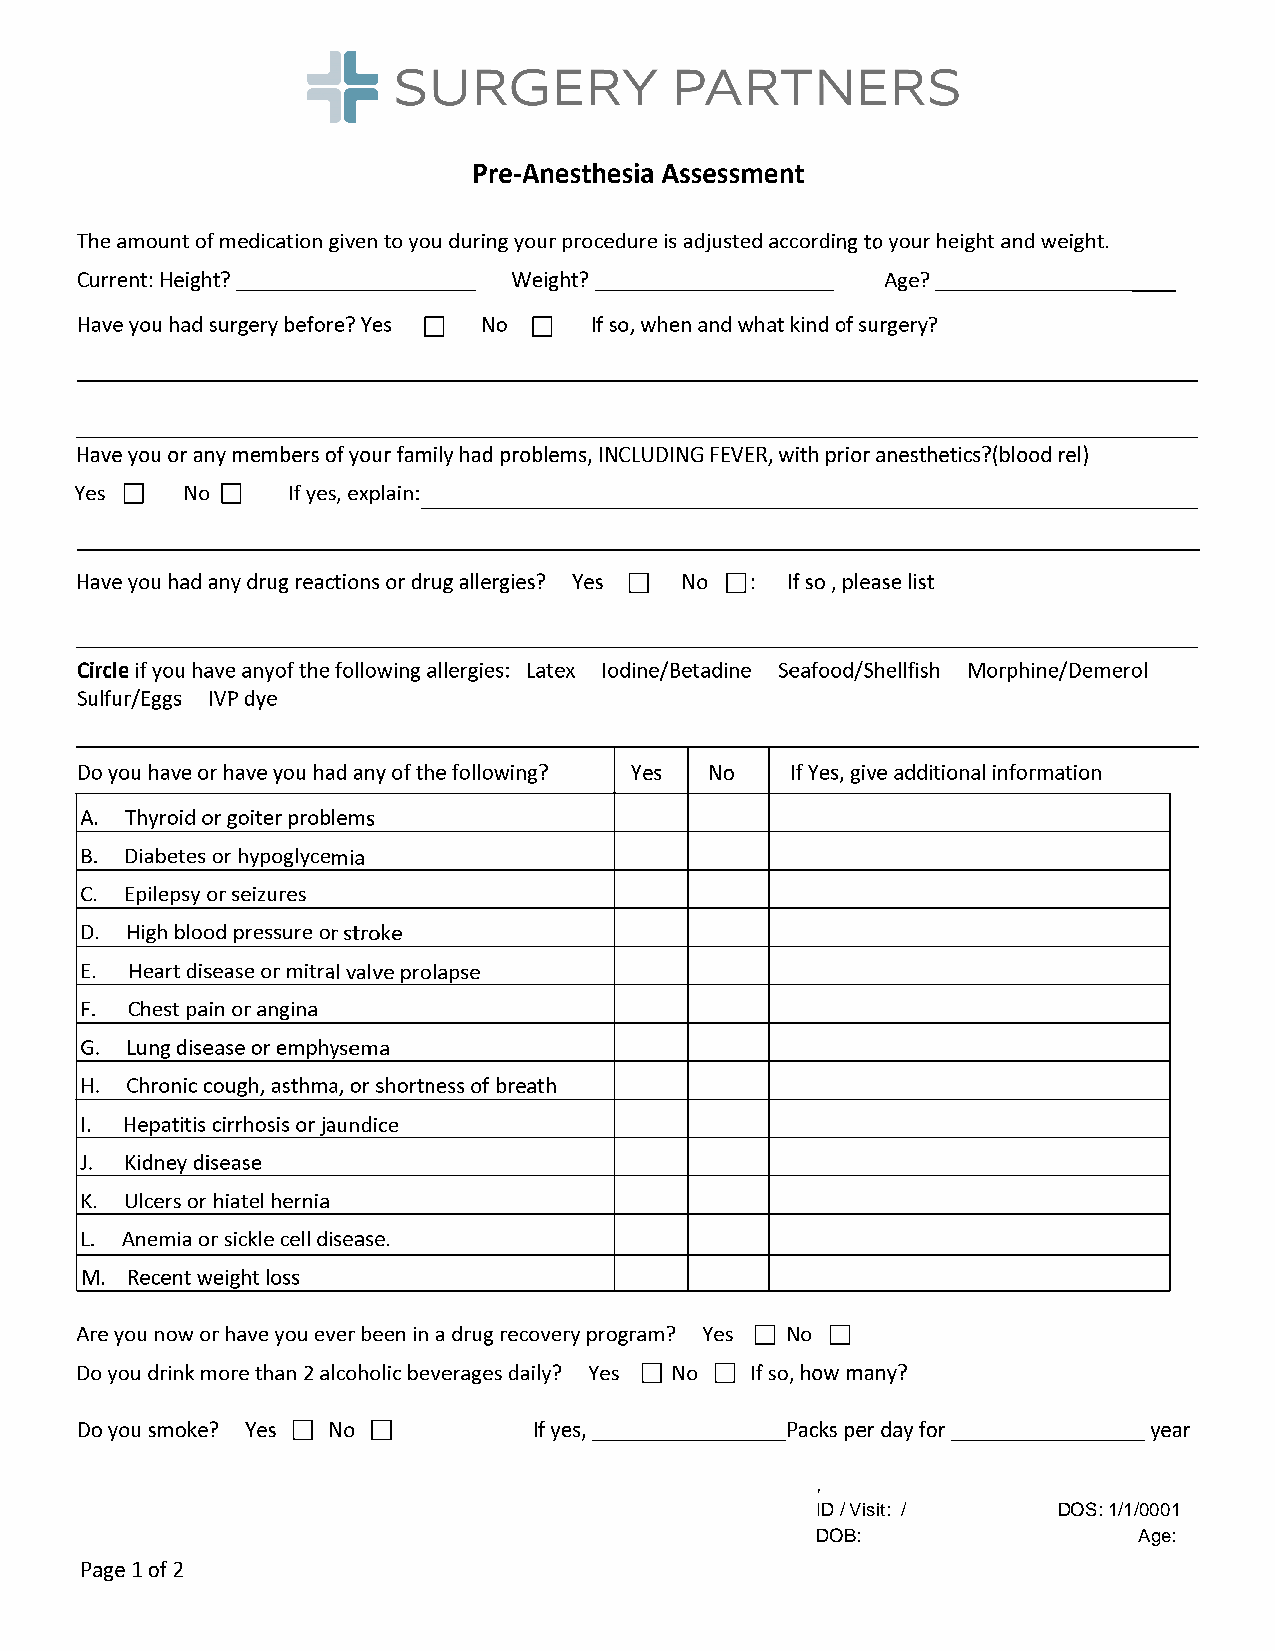
,
 ID / Visit: /   DOS: 1/1/0001
 DOB:                 Age: